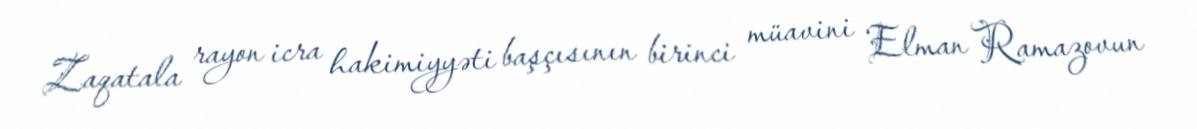
Zaqatala rayon icra hakimiyyəti başçısının birinci müavini Elman Ramazovun